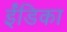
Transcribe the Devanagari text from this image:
ईंडिका